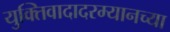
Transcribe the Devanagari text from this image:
युक्तिवादादरम्यानच्या